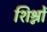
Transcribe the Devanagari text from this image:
शिश्नों